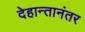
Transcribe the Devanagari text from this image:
देहान्तानंतर